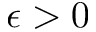
\epsilon > 0